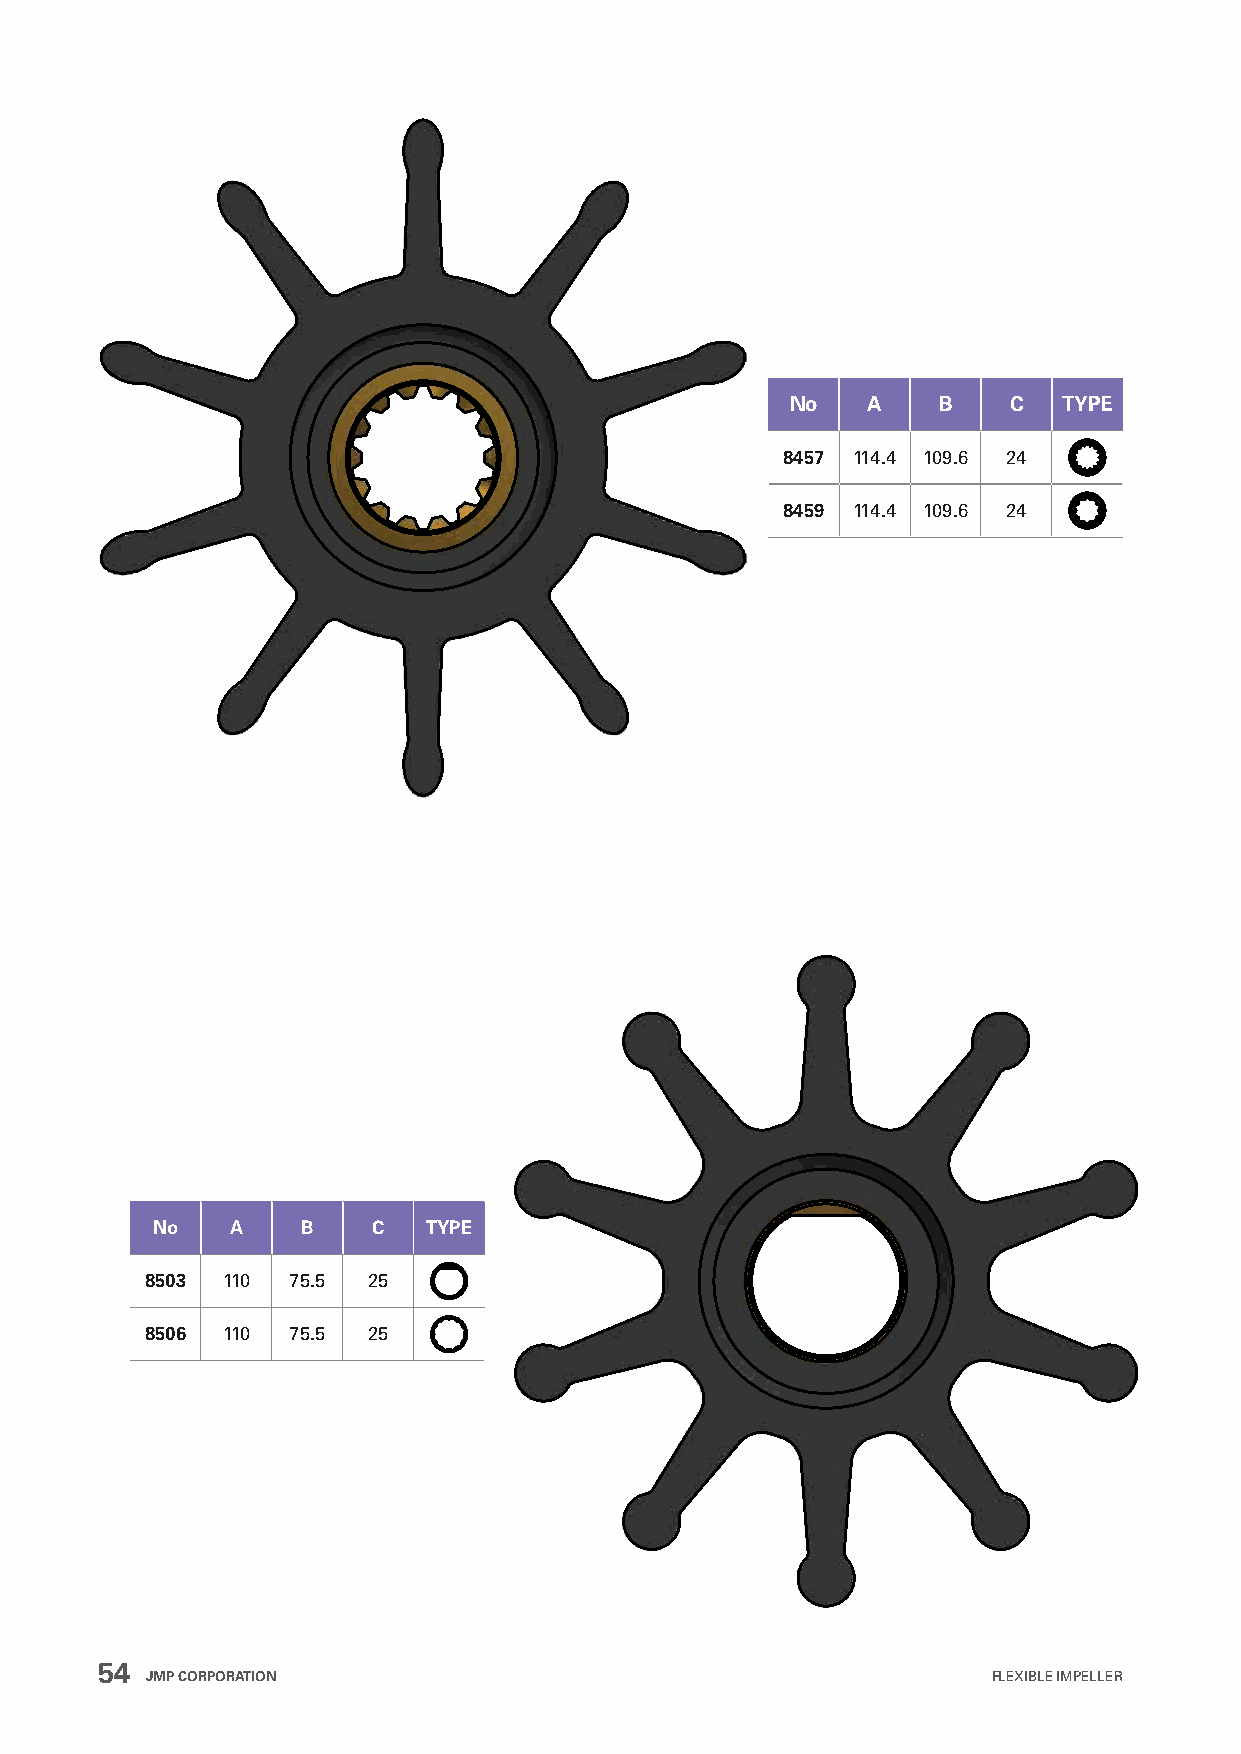
No   A    B    C  TYPE
 8457 114.4 109.6 24
 8459 114.4 109.6 24
 No   A    B    C  TYPE
 8503 110 75.5 25
 8506 110 75.5 25
 54
 JMP CORPORATION                                         FLEXIBLE IMPELLER